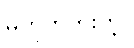
မဟုတ်ဘူးတဲ့။